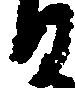
る